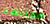
جعلتهم